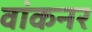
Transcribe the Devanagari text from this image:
वांकनर